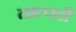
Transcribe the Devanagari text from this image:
तात्पदौ